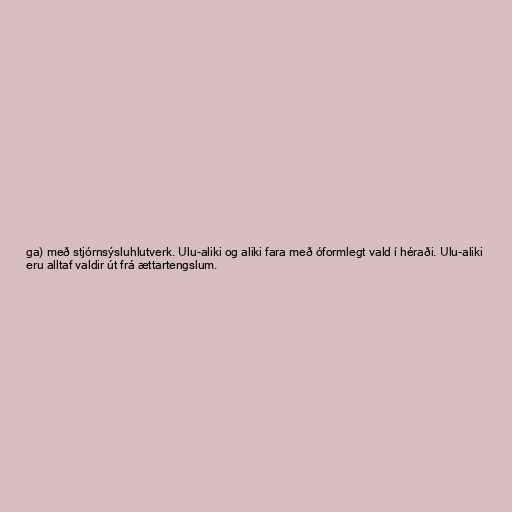
ga) með stjórnsýsluhlutverk. Ulu-aliki og aliki fara með óformlegt vald í héraði. Ulu-aliki
eru alltaf valdir út frá ættartengslum.